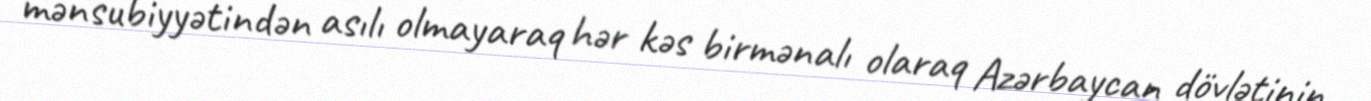
mənsubiyyətindən asılı olmayaraq hər kəs birmənalı olaraq Azərbaycan dövlətinin